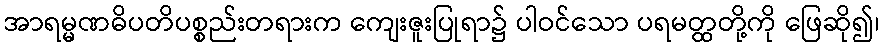
အာရမ္မဏဓိပတိပစ္စည်းတရားက ကျေးဇူးပြုရာ၌ ပါဝင်သော ပရမတ္ထတို့ကို ဖြေဆို၍၊